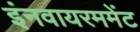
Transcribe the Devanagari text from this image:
इंनवायरममेंट